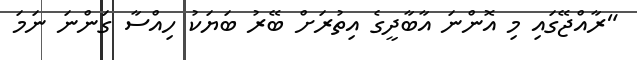
"ރާއްޖޭގައި މި އޮންނަ އާބާދީގެ އިތުރަށް ބޭރު ބަޔަކު ހިއްސާ ގަންނަ ނަމަ